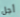
أجل